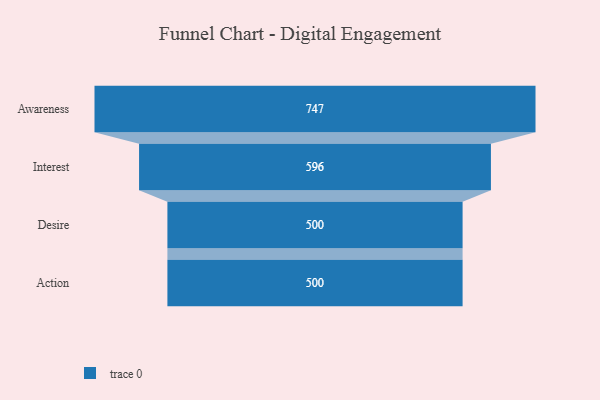
{"axis": {"x": "Stage", "y": "Value"}, "legend": [""], "data": [{"x": "Awareness", "y": 747.0, "type": ""}, {"x": "Interest", "y": 596.0, "type": ""}, {"x": "Desire", "y": 500, "type": ""}, {"x": "Action", "y": 500, "type": ""}]}